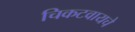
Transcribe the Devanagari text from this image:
चिकटवायचे